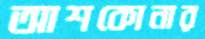
আশকোনার